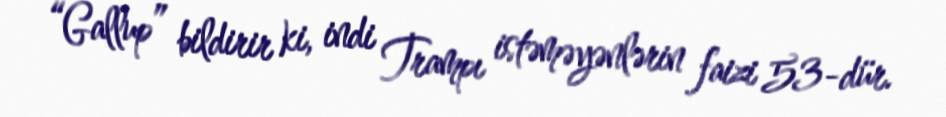
“Gallup” bildirir ki, indi Trampı istəməyənlərin faizi 53-dür.